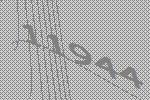
11944